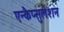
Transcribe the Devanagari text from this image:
एन्कैप्सुलेशन